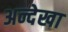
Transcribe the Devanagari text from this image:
अन्देखा